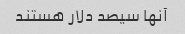
آنها سیصد دلار هستند